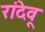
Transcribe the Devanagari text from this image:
रांदेवू